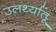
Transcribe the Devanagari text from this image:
उलर्थ्यातू